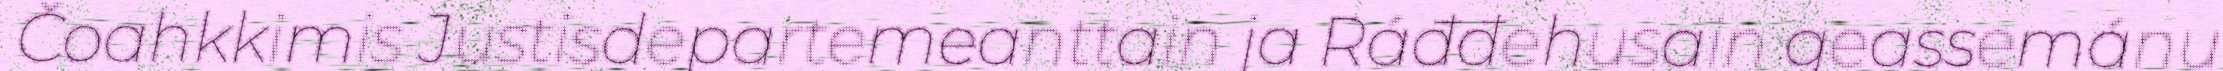
Čoahkkimis Justisdepartemeanttain ja Ráđđehusain geassemánu